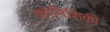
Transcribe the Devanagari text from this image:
कोनिशिकी